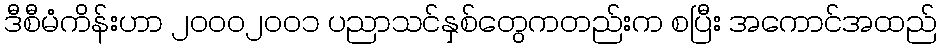
ဒီစီမံကိန်းဟာ ၂၀၀၀၂၀၀၁ ပညာသင်နှစ်တွေကတည်းက စပြီး အကောင်အထည်